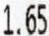
1.65